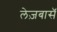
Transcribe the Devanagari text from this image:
लेज़बासॅ